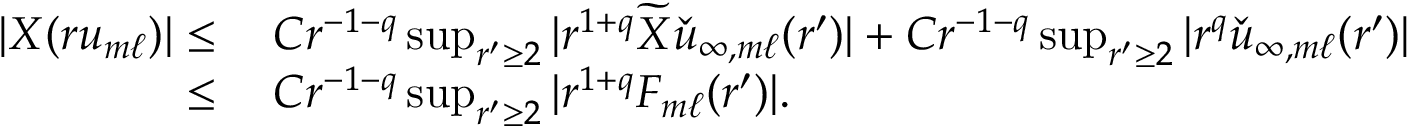
\begin{array} { r l } { | X ( r u _ { m \ell } ) | \leq } & { \: C r ^ { - 1 - q } \operatorname* { s u p } _ { r ^ { \prime } \geq 2 } | r ^ { 1 + q } \widetilde { X } \check { u } _ { \infty , m \ell } ( r ^ { \prime } ) | + C r ^ { - 1 - q } \operatorname* { s u p } _ { r ^ { \prime } \geq 2 } | r ^ { q } \check { u } _ { \infty , m \ell } ( r ^ { \prime } ) | } \\ { \leq } & { \: C r ^ { - 1 - q } \operatorname* { s u p } _ { r ^ { \prime } \geq 2 } | r ^ { 1 + q } F _ { m \ell } ( r ^ { \prime } ) | . } \end{array}